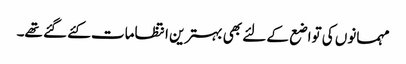
مہمانوں کی تواضع کے لئے بھی بہترین انتظامات کئے گئے تھے۔